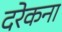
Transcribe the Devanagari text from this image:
दरेकना